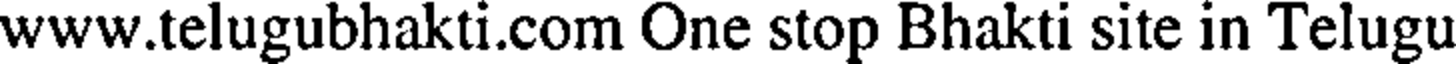
www.telugubhakti.com One stop Bhakti site in Telugu